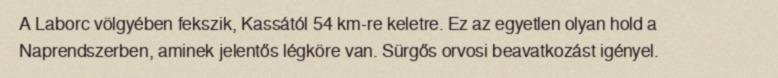
A Laborc völgyében fekszik, Kassától 54 km-re keletre. Ez az egyetlen olyan hold a Naprendszerben, aminek jelentős légköre van. Sürgős orvosi beavatkozást igényel.